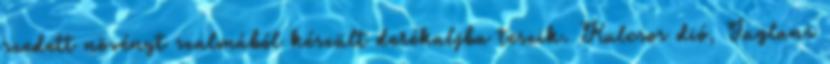
szedett növényt szalmából készült derékaljba teszik. Kulcsos dió, Juglans